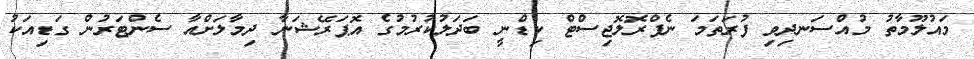
މައުލޫމާތު މުއްސަނދިވި ފުރަތަމަ ނެފްރޮލޮޖިސްޓް ކިޑްނީ ބަދަލުކުރުމުގެ އޮޕަރޭޝަނާ ދިމާލަށްއާ ސެންޓަރުން ގަޑިއަކު